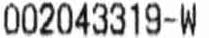
002043319-W